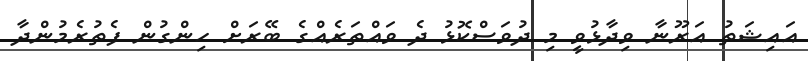
އައިޝަތު އަރޫނާ ވިދާޅުވީ މި ދުވަސްކޮޅު ދެ ވައްތަރެއްގެ ބޭރަށް ހިންގުން ފެތުރެމުންދާ